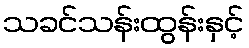
သခင်သန်းထွန်းနှင့်